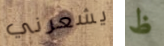
يشعرني ظ